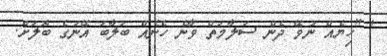
' ''ހިޔެއް ނުވޭ ދެން ސަލާމަތް ވާނެ ހެނެއް ބަލާބަ އޭނަގެ ބޮލަށް.